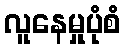
လူနေမှုပုံစံ